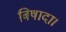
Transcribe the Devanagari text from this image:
बिषादा।